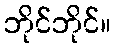
ဘိုင်ဘိုင်။